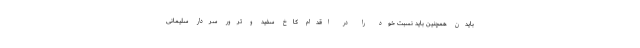
بایدن همچنین باید نسبت خود را در اقدام کاخ سفید ‌و ترور سردار سلیمانی